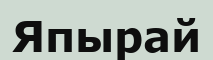
Япырай